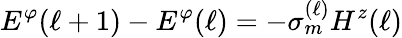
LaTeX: E^{\varphi}(\ell+1)-E^{\varphi}(\ell)=-\sigma_{m}^{(\ell)}H^{z}(\ell)